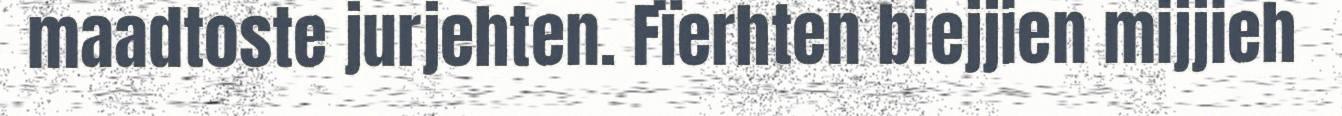
maadtoste jurjehten. Fïerhten biejjien mijjieh